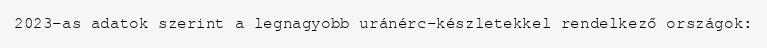
2023-as adatok szerint a legnagyobb uránérc-készletekkel rendelkező országok: